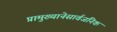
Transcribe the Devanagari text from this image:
प्रामुख्यानेसार्वजनिक